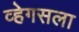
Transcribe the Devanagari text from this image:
व्हेगसला